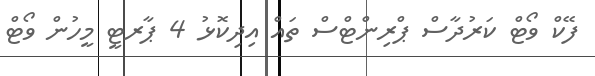
ފޭކް ވޯޓް ކަރުދާސް ޕްރިންޓްސް ތައް އިދިކޮޅު 4 ޕާރޓީ މީހުން ވޯޓް